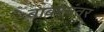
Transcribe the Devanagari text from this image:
बाबरनंतर